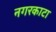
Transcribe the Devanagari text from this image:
नगरकाटा